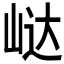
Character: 𭖟